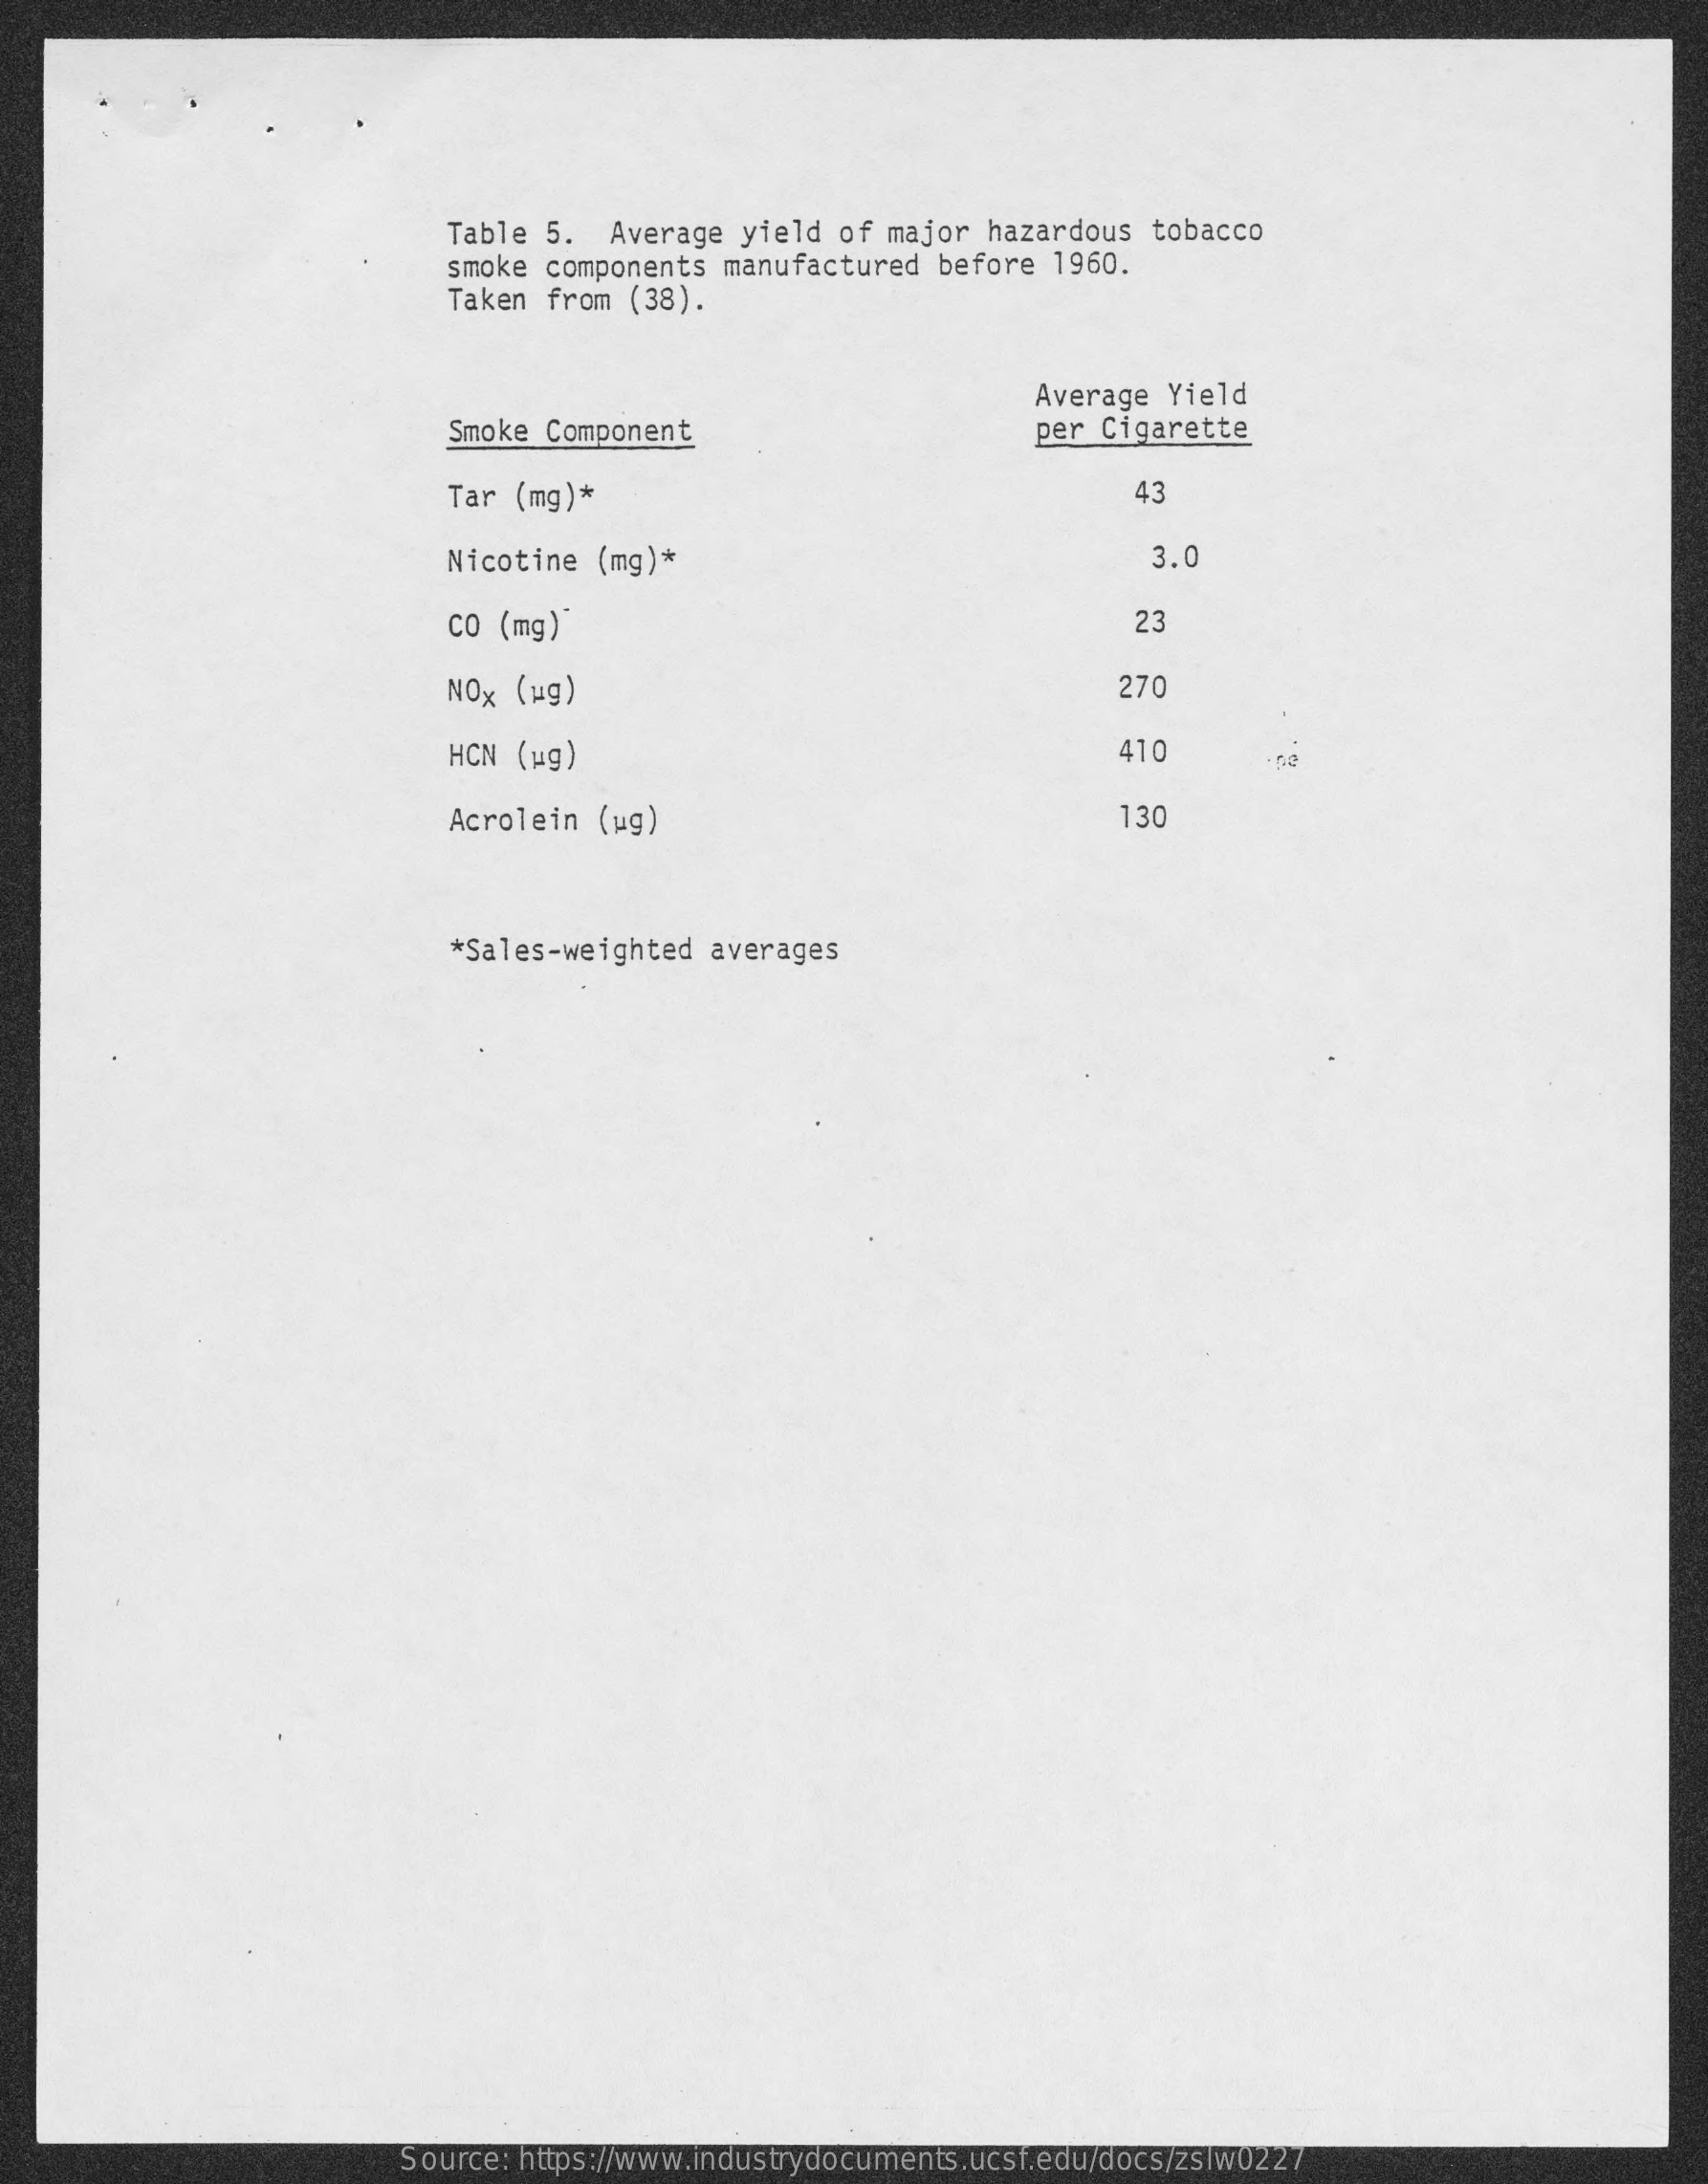
Table 5.  Average yield  of major hazardous  tobacco
     smoke components manufactured  before  1960.
     Taken from (38).
     Smoke Component
     Average Yield
     per Cigarette
     Tar (mg)*    43
     Nicotine  (mg)*    3.0
     CO (mg)*    23
     NOx (ug)    270
     HCN  (ug)    110
     Acrolein (ug)    130
     *Sales-weighted averages
     Source: https://www.industrydocuments.ucsf.edu/docs/zslw0227